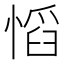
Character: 慆